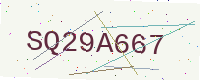
Text: SQ29A667